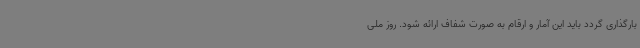
بارگذاری گردد باید این آمار و ارقام به صورت شفاف ارائه شود. روز ملی